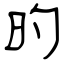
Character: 旳